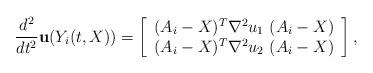
LaTeX: \begin{align*}\frac{d^2}{dt^2}\mathbf{ u}(Y_i(t,X)) =\left[\begin{array}{c}(A_i-X)^T\nabla^2u_1~(A_i-X) \\(A_i-X)^T\nabla^2u_2~(A_i-X)\end{array}\right],\end{align*}